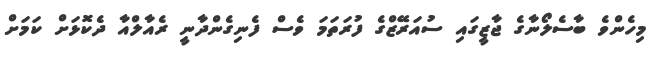
މިހެންވެ ބާސެލޯނާގެ ޖާޒީގައި ސުއަރޭޒްގެ ފުރަތަމަ ވެސް ފެނިގެންދާނީ ރެއާލްއާ ދެކޮޅަށް ކަމަށް